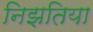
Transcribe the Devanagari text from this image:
निझतिया